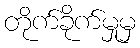
တိုက်ခိုက်မှုမှ